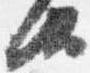
汰